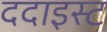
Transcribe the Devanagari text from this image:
ददाइस्ट